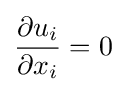
{\frac {\partial u_{i}}{\partial x_{i}}}=0